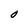
Character: O